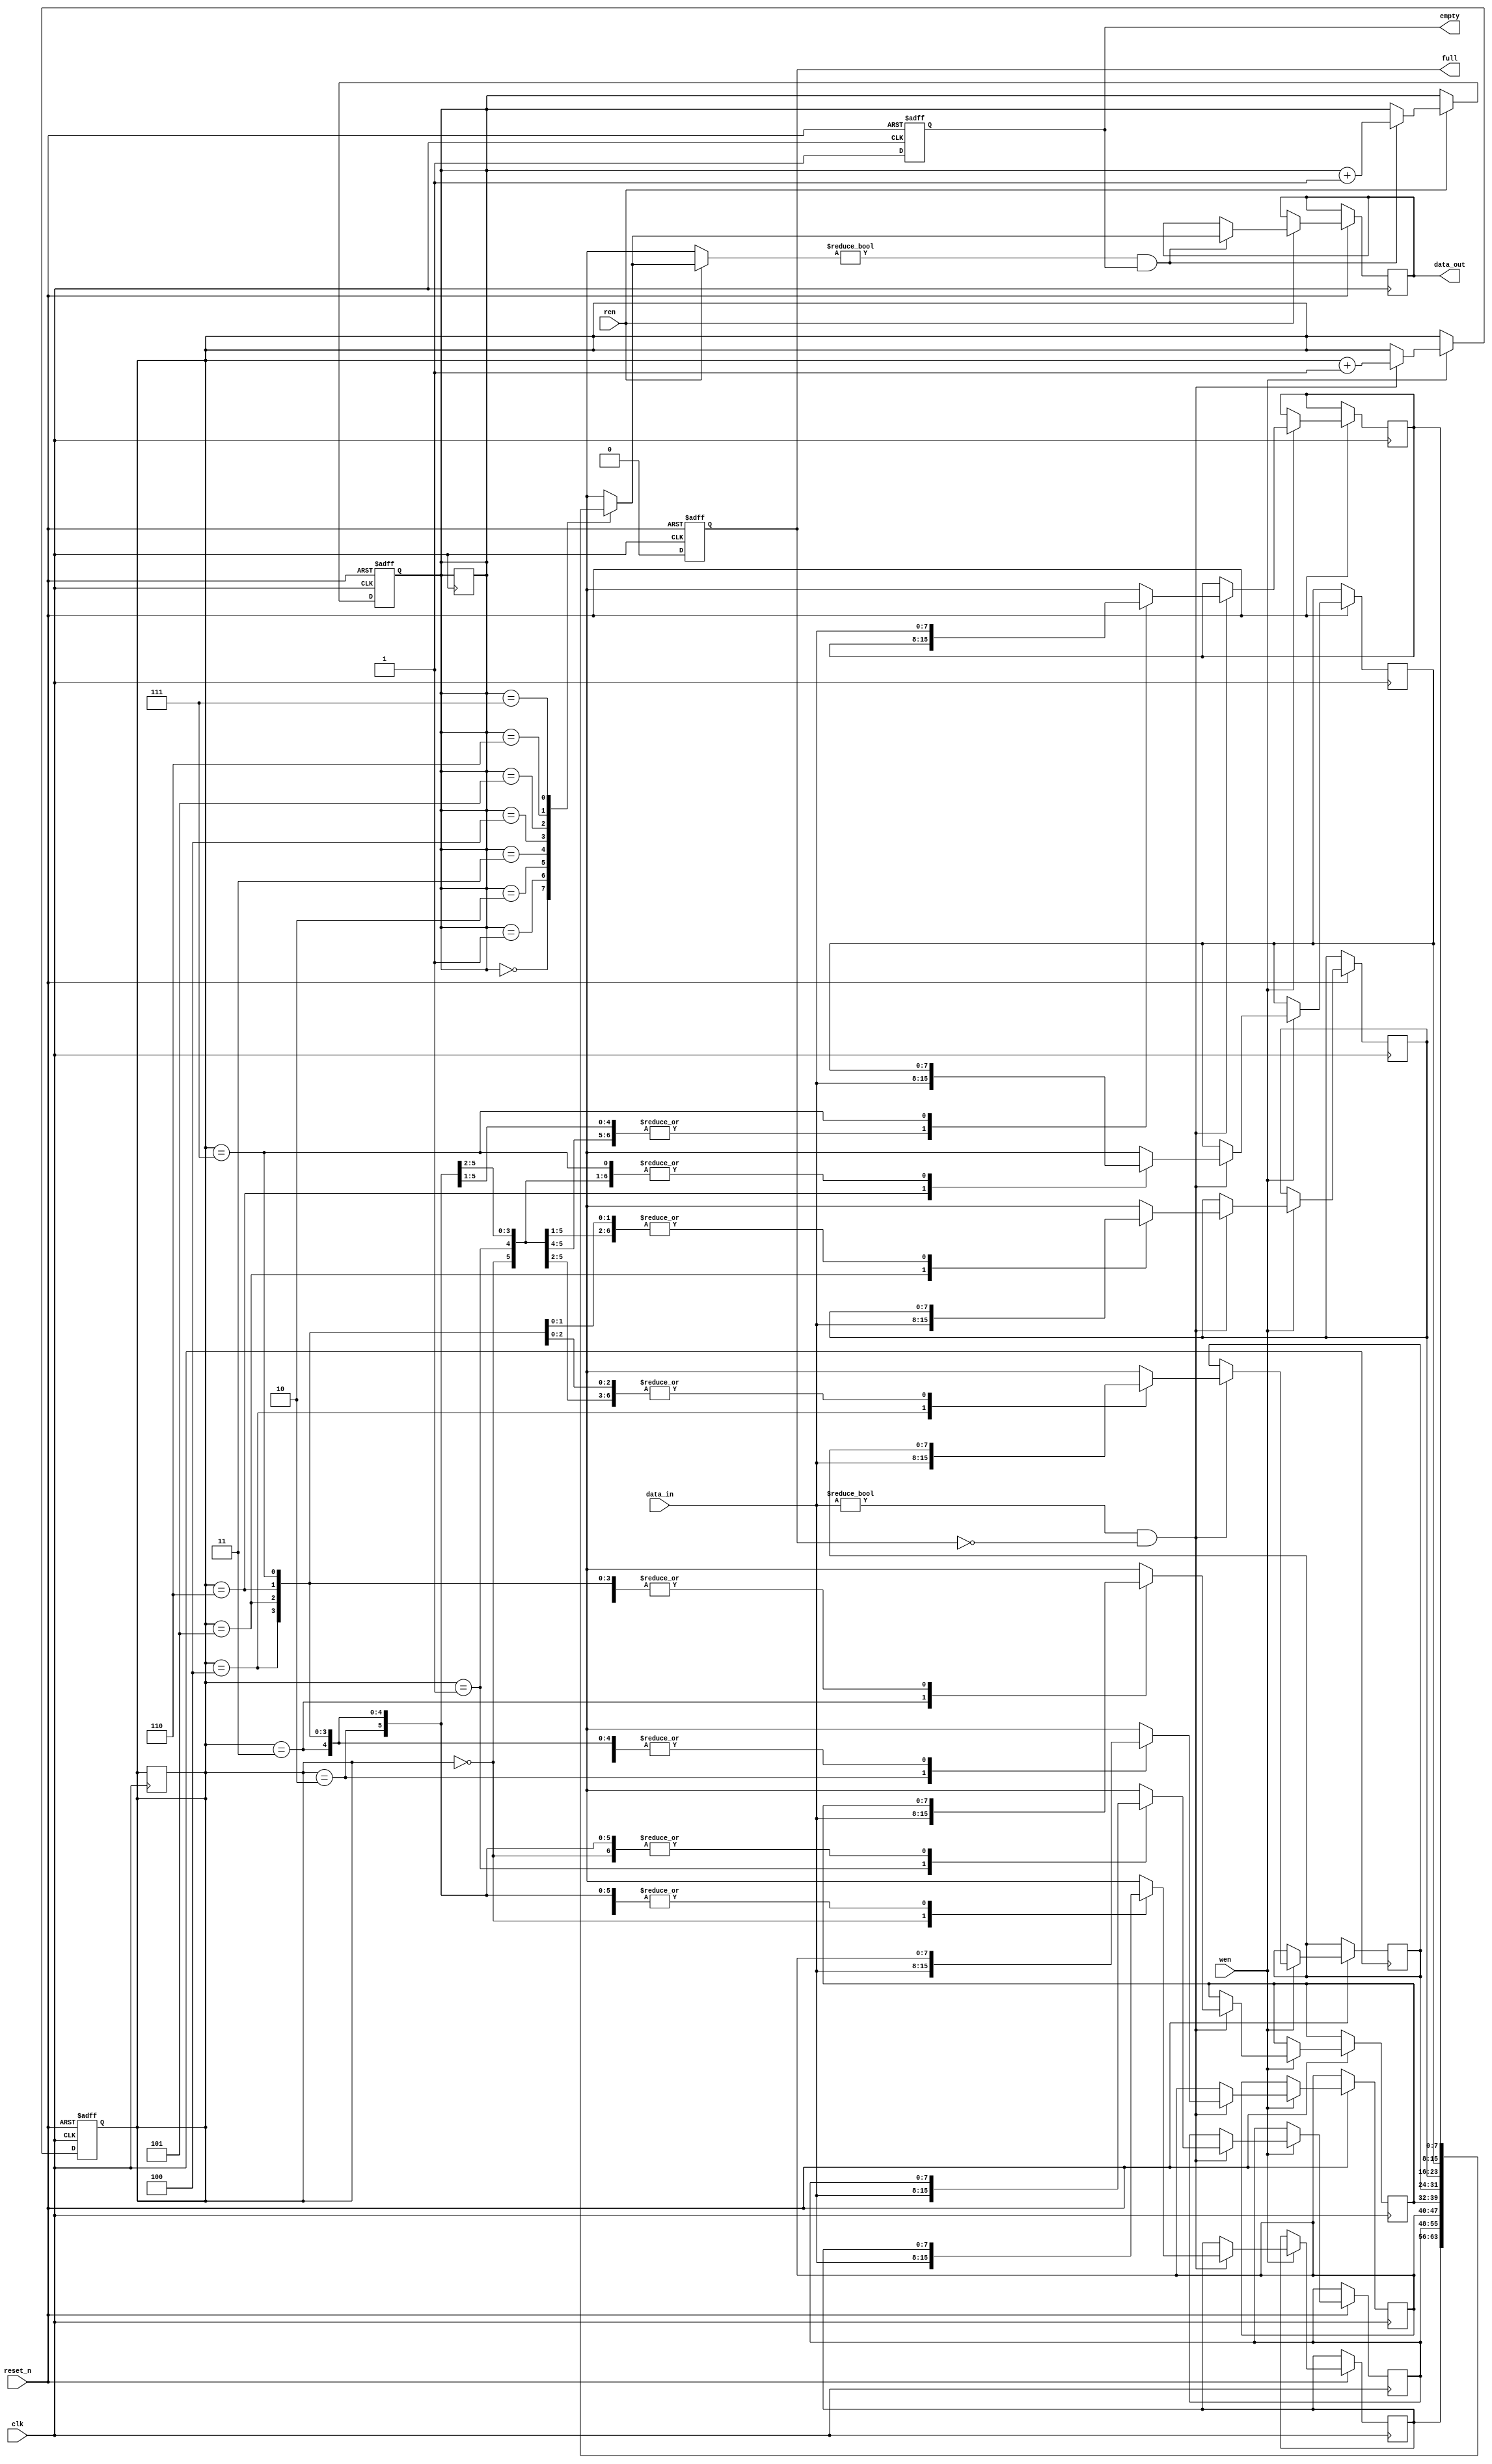
/******************************************************
https://blog.csdn.net/buzhiquxiang/article/details/103287220

fifofifo
1
      2fifo
	  3fifo
	  4full=1full=0empty=1empty=0
BUG10
*******************************************************/

module fifo_s #(parameter WIDTH=8,DEPTH=8,ADDR=3)    //8,2^7=128 
(clk,reset_n,wen,ren,data_in,full,empty,data_out);

input wire clk,reset_n;
input wire wen,ren;                    //
input wire [WIDTH-1:0] data_in;
output reg full,empty;                 //
output reg [WIDTH-1:0] data_out; 

reg [WIDTH-1:0] memery [DEPTH-1:0];    //:8
reg [ADDR-1:0] waddr,raddr;            //

always@(posedge clk,negedge reset_n) begin   
if(reset_n == 0) waddr = 0;
else if(wen == 1) begin
    if((data_in != 0)&&(full != 1)) begin
        memery[waddr] = data_in;                  //
		waddr = waddr + 1;
	end
    else waddr = waddr;
end
else waddr = waddr;
end

always@(posedge clk,negedge reset_n) begin    
if(reset_n == 0) raddr = 0;
else if(ren == 1) begin
    if((memery[raddr] != 0)&&(empty != 0)) begin
      data_out = memery[raddr];                //
		raddr = raddr + 1;
    end
    else raddr = raddr;
end
else raddr = raddr;
end

always@(posedge clk,negedge reset_n) begin    //
if(reset_n == 0) full = 0;
else if(waddr == DEPTH) begin
    full = 1;
    waddr = 0;
end
else full = 0;
end

always@(posedge clk,negedge reset_n) begin    //
if(reset_n == 0) empty = 1;
else if(raddr==DEPTH) begin
    empty = 0;
    raddr = 0;
end
else empty = 1;
end

endmodule